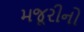
મજૂરીનો